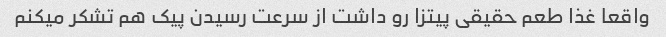
واقعا غذا طعم حقیقی پیتزا رو داشت از سرعت رسیدن پیک هم تشکر میکنم